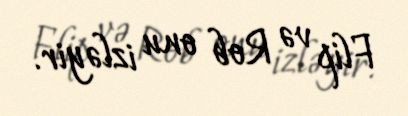
Flip və Rob onu izləyir.